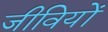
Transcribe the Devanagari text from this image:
जीवियों